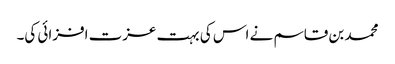
محمد بن قاسم نے اس کی بہت عزت افزائی کی۔